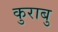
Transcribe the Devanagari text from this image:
कुराबु